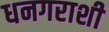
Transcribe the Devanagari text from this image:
धनगराशी